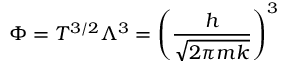
\Phi = T ^ { 3 / 2 } \Lambda ^ { 3 } = \left( { \frac { h } { \sqrt { 2 \pi m k } } } \right) ^ { 3 }